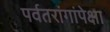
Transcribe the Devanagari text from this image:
पर्वतरांगांपेक्षा